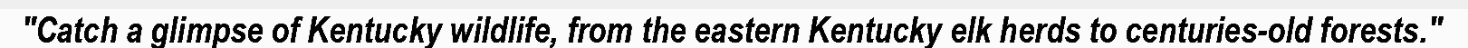
"Catch a glimpse of Kentucky wildlife, from the eastern Kentucky elk herds to centuries-old forests."